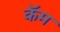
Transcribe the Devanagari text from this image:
कॅम